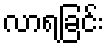
လာရခြင်း